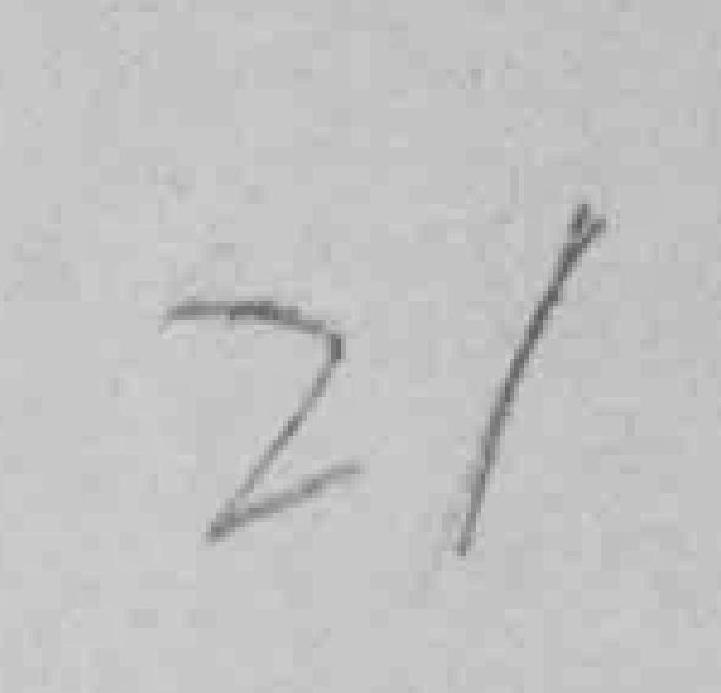
21